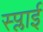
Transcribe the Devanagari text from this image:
स्प्लाई